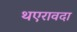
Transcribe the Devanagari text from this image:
थएरावदा